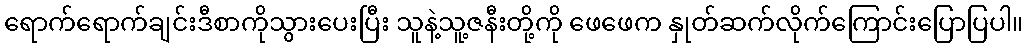
ရောက်ရောက်ချင်းဒီစာကိုသွားပေးပြီး သူနဲ့သူ့ဇနီးတို့ကို ဖေဖေက နှုတ်ဆက်လိုက်ကြောင်းပြောပြပါ။